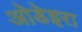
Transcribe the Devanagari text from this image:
ओडेइरा